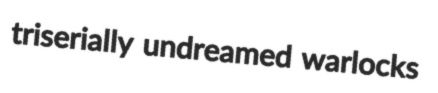
triserially undreamed warlocks